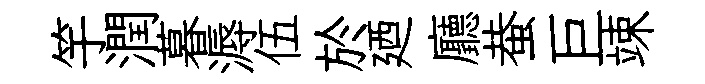
竽潤暮溽伍於廼廳蛬巨竦